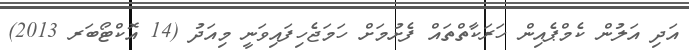
އަދި އަލުން ކެމްޕެއިން ހަރަކާތްތައް ފެށުމަށް ހަމަޖެހިފައިވަނީ މިއަދު (14 އޮކްޓޯބަރ 2013)